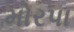
મોરપા